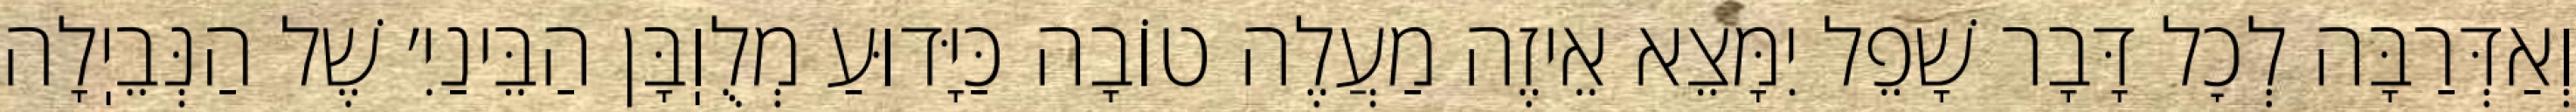
וְאַדְּרַבָּה לְכׇל דָּבָר שָׁפֵל יִמָּצֵא אֵיזֶה מַעֲלֶה טוֹבָה כַּיָּדוּעַ מְלֻוֽבָּן הַבֵּינַיִ׳ שֶׁל הַנְּבֵיֽלָה